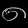
Digit: ၈